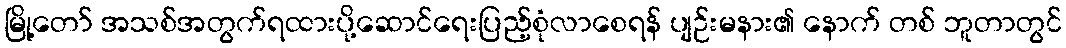
မြို့တော် အသစ်အတွက်ရထားပို့ဆောင်ရေးပြည့်စုံလာစေရန် ပျဉ်းမနား၏ နောက် တစ် ဘူတာတွင်